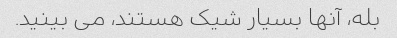
بله، آنها بسیار شیک هستند، می بینید.